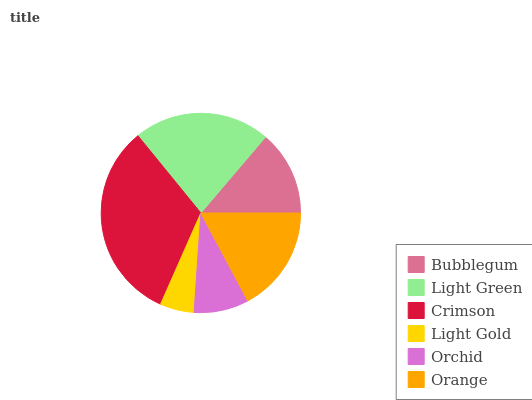
| Bubblegum | Light Green | Crimson | Light Gold | Orchid | Orange |
 | --- | --- | --- | --- | --- | --- |
 | 13.8% | 22.1% | 32.5% | 5.54% | 8.9% | 17.2% |